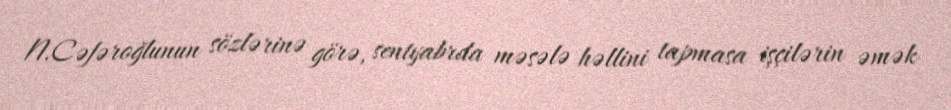
N.Cəfəroğlunun sözlərinə görə, sentyabrda məsələ həllini tapmasa işçilərin əmək